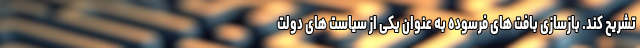
تشریح کند. بازسازی بافت های فرسوده به عنوان یکی از سیاست های دولت